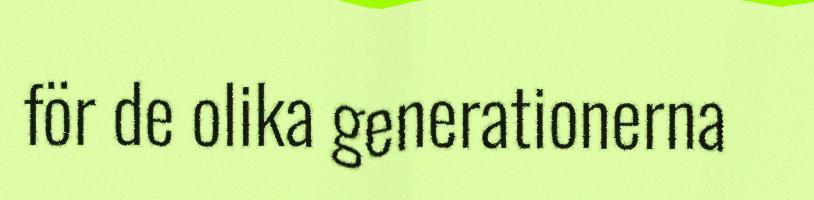
för de olika generationerna